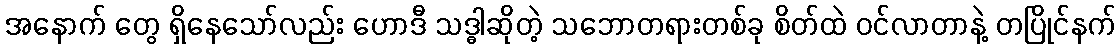
အနောက် တွေ ရှိနေသော်လည်း ဟောဒီ သဒ္ဓါဆိုတဲ့ သဘောတရားတစ်ခု စိတ်ထဲ ဝင်လာတာနဲ့ တပြိုင်နက်